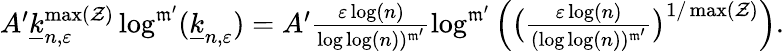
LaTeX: \begin{array}{r}{A^{\prime}\underline{{k}}_{n,\varepsilon}^{\operatorname*{max}({\mathcal Z})}\log^{\mathfrak{m}^{\prime}}(\underline{{k}}_{n,\varepsilon})=A^{\prime}\frac{\varepsilon\log(n)}{\log\log(n))^{\mathfrak{m}^{\prime}}}\log^{\mathfrak m^{\prime}}\Big(\big(\frac{\varepsilon\log(n)}{(\log\log(n))^{\mathfrak{m}^{\prime}}}\big)^{1/\operatorname*{max}({\mathcal Z})}\Big).}\end{array}